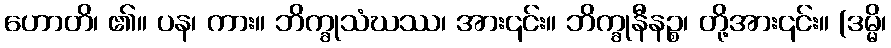
ဟောတိ၊ ၏။ ပန၊ ကား။ ဘိက္ခုသံဃဿ၊ အား၎င်း။ ဘိက္ခုနီနဉ္စ၊ တို့အား၎င်း။ (ဒမ္မိ၊